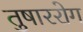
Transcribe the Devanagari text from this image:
तुषाररोग